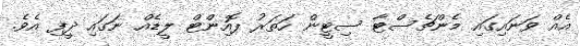
އެއް ވަނައިގައި މެންޗެސްޓާ ސިޓީން ހަތަރު ޕޮއިންޓް ލީޑެއް ނަގައި ދީފި އެވެ.